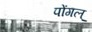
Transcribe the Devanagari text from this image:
पोंगल्